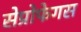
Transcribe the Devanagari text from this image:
सेप्रोफेगस